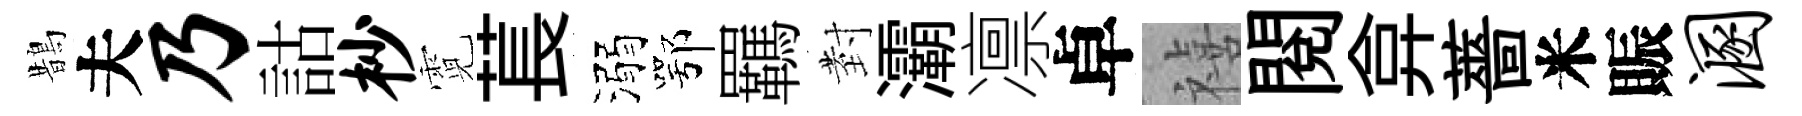
鵲夫乃詁杪霓萇溺鄂羈𭔹灞凛卓禧閲弇薔米賑溷